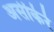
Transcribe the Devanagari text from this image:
अर्सीकेरे